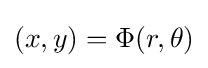
\displaystyle (x,y)=\Phi (r,\theta )